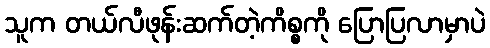
သူက တယ်လီဖုန်းဆက်တဲ့ကိစ္စကို ပြောပြလာမှာပဲ